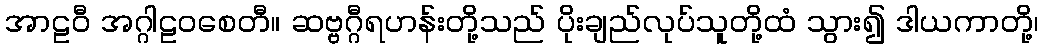
အာဠဝီ အဂ္ဂါဠဝစေတီ။ ဆဗ္ဗဂ္ဂီရဟန်းတို့သည် ပိုးချည်လုပ်သူတို့ထံ သွား၍ ဒါယကာတို့၊